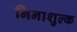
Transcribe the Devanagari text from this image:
निनाशुल्क